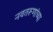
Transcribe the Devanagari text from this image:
नवतरूणांच्या